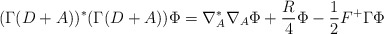
\begin{align*}(\Gamma (D+A))^*(\Gamma (D+A))\Phi=\nabla_A^*\nabla_A\Phi+\frac{R}{4}\Phi-\frac{1}{2}F^+ \Gamma \Phi\end{align*}